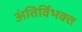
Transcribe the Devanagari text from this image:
अंतिर्विभक्त